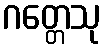
ဂတ္တေသု